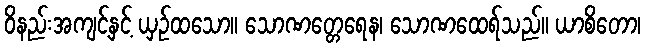
ဝိနည်းအကျင့်နှင့် ယှဉ်ထသော။ သောဏတ္တေရေန၊ သောဏထေရ်သည်။ ယာစိတော၊